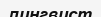
лингвист